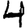
Digit: 4